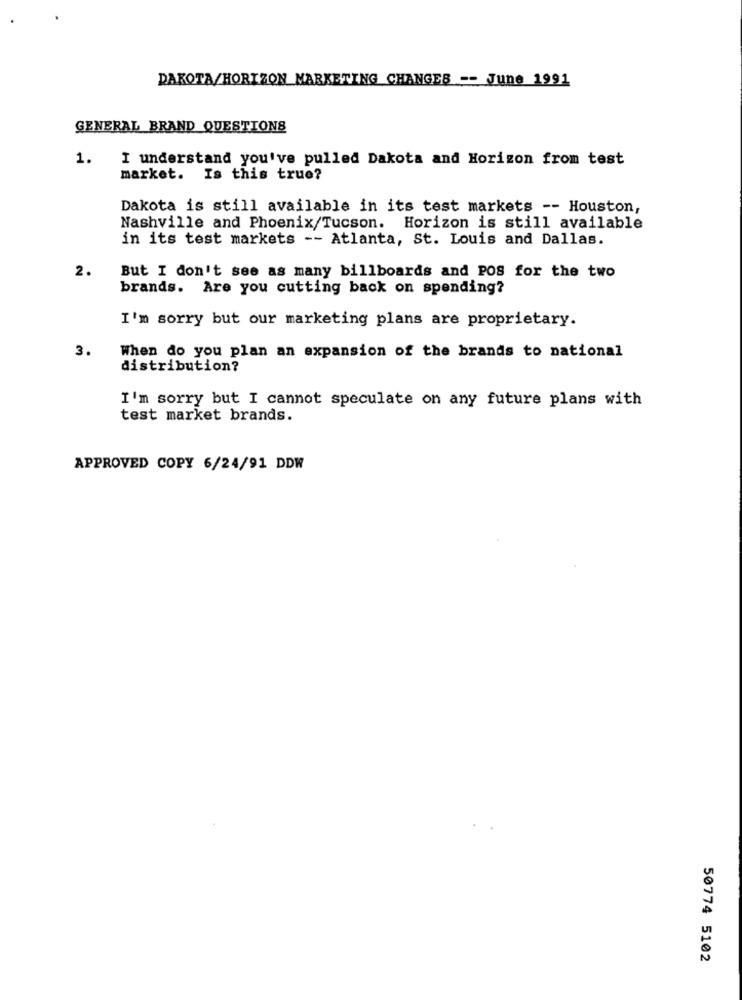
DAKOTA/HORIZON MARKETING CHANGES -- June 1991
GENERAL BRAND QUESTIONS
1.
I understand you've pulled Dakota and Horizon from test
market. Is this true?
Dakota is still available in its test markets -- Houston,
Nashville and Phoenix/Tucson. Horizon is still available
in its test markets -- Atlanta, St. Louis and Dallas.
2.
But I don't see as many billboards and POS for the two
brands. Are you cutting back on spending?
I'm sorry but our marketing plans are proprietary.
3.
When do you plan an expansion of the brands to national
distribution?
I'm sorry but I cannot speculate on any future plans with
test market brands.
APPROVED COPY 6/24/91 DDW
50774 5102